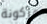
مركونة